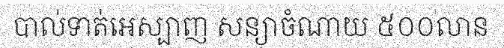
បាល់ទាត់អេស្បាញ សន្យាចំណាយ ៥០០លាន